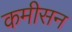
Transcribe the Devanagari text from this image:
कमीसन